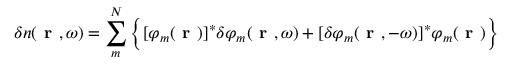
\delta n ( \textbf { r } , \omega ) = \sum _ { m } ^ { N } \bigg \{ [ \varphi _ { m } ( \textbf { r } ) ] ^ { * } \delta \varphi _ { m } ( \textbf { r } , \omega ) + [ \delta \varphi _ { m } ( \textbf { r } , - \omega ) ] ^ { * } \varphi _ { m } ( \textbf { r } ) \bigg \}